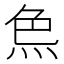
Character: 𤈖